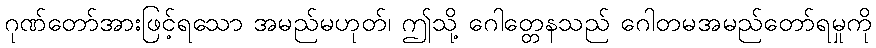
ဂုဏ်တော်အားဖြင့်ရသော အမည်မဟုတ်၊ ဤသို့ ဂေါတ္တေနသည် ဂေါတမအမည်တော်ရမှုကို